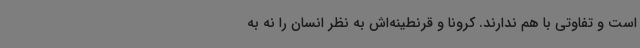
است و تفاوتی با هم ندارند. کرونا و قرنطینه‌اش به نظر انسان را نه به